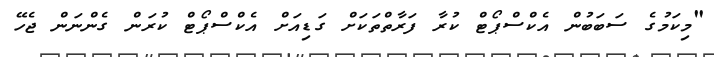
"މިކަމުގެ ސަބަބުން އެކްސްޕޯޓް ކުރާ ފަރާތްތަކަށް ގަޑިއަށް އެކްސްޕޯޓް ކުރަން ގެންނަން ޖެހޭ